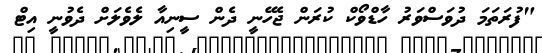
"ފުރަތަމަ ދުވަސްވަރު ހާޑްވޯކް ކުރަން ޖެހޭނީ ދެން ސީނިއާ ލެވެލަށް ދެވުނީ އިޓް